画像に写った文字を読んでください
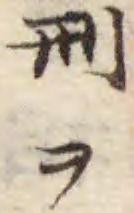
「刑ヲ」と書いてあります